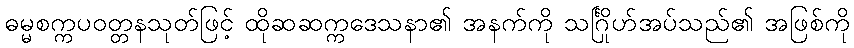
ဓမ္မစက္ကပဝတ္တနသုတ်ဖြင့် ထိုဆဆက္ကဒေသနာ၏ အနက်ကို သင်္ဂြိုဟ်အပ်သည်၏ အဖြစ်ကို